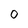
Character: 0